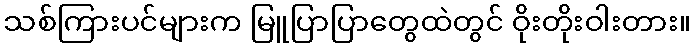
သစ်ကြားပင်များက မြူပြာပြာတွေထဲတွင် ဝိုးတိုးဝါးတား။